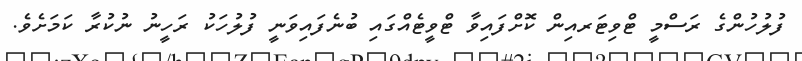
ފުލުހުންގެ ރަސްމީ ޓްވިޓަރއިން ކޮށްފައިވާ ޓްވީޓެއްގައި ބުނެފައިވަނީ ފުލުހަކު ރަހީނު ނުކުރާ ކަމަށެވެ.